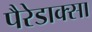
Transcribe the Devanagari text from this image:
पैरेडाक्सा